Petrogradi_Kontroll-Opteerimise_Komisjon, lk 159
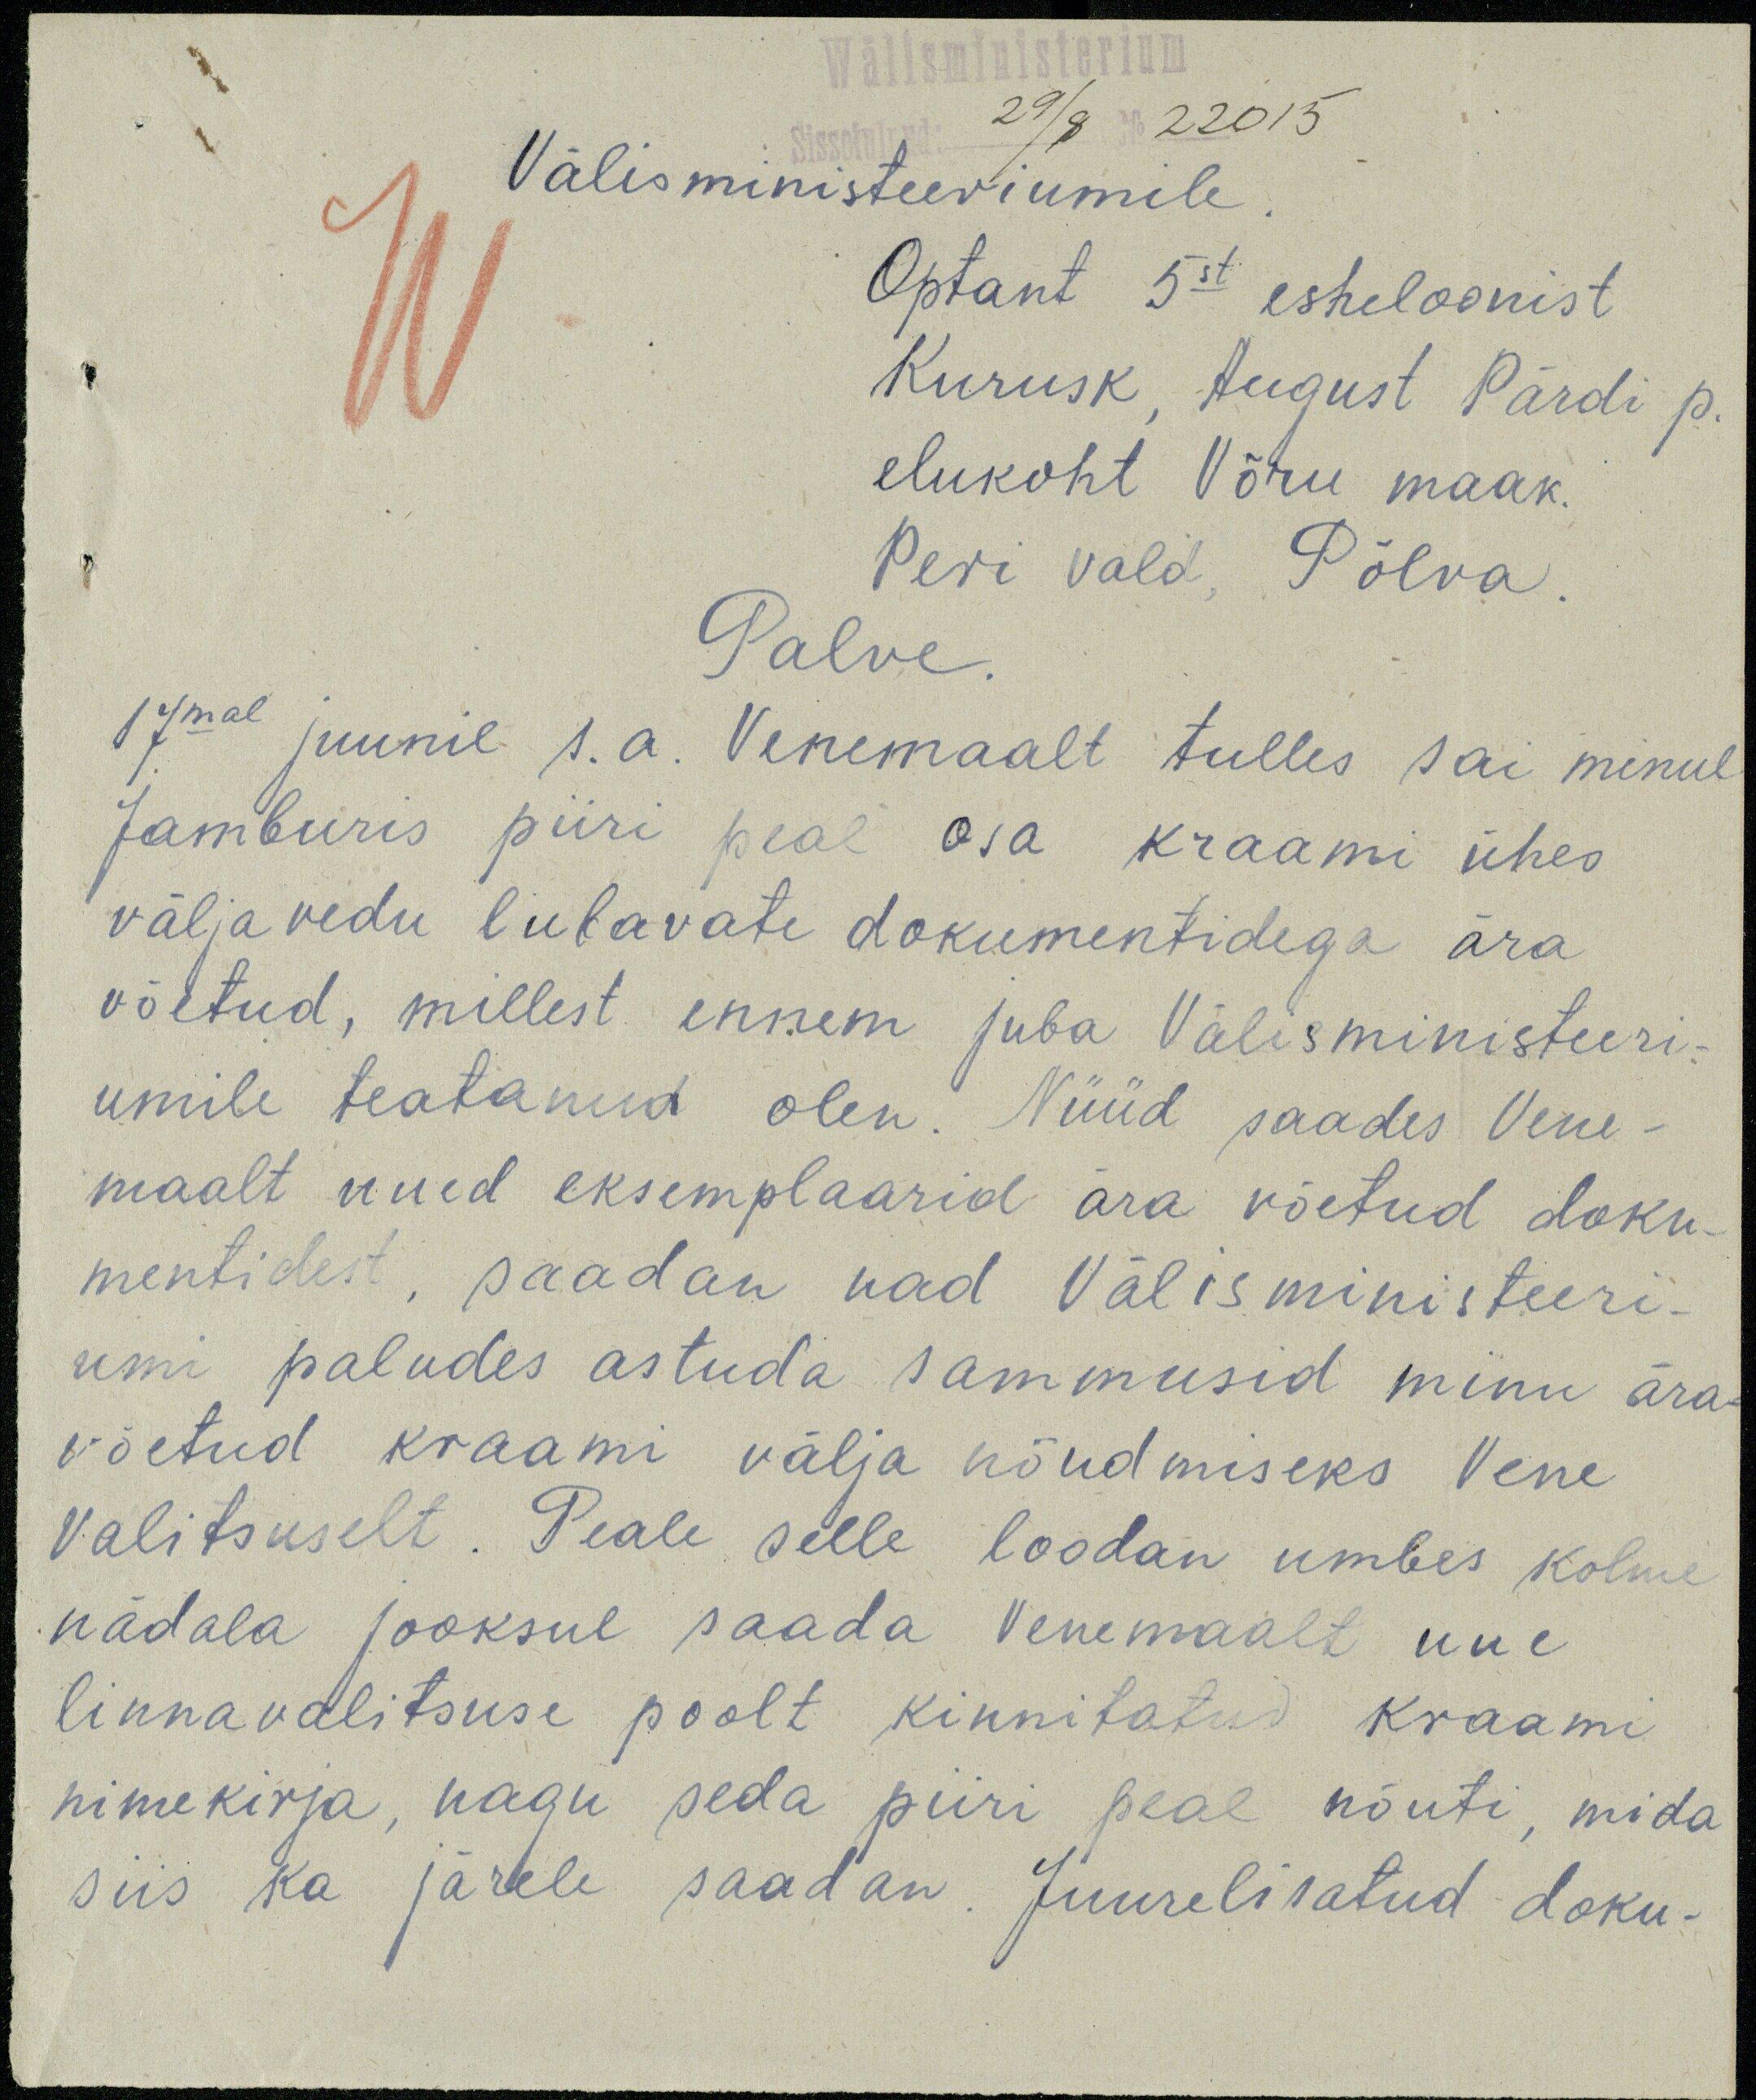
Wälisministerium
Sissetulnud: 29/8  No 22015
Välisministeeriumile.
Optant 5st esheloonist
Kurusk, August Pärdi p.
elukoht Võru maak.
Peri vald, Põlva
Palve.
17mal juunil s.a. Venemaalt tulles sai minul
Jamburis piiri peal osa kraami ühes
väljavedu lubavate dokumentidega ära
võetud, millest ennem juba Välisministeeri-
umile teatanud olen. Nüüd saades Vene-
maalt uued eksemplaarid ära võetud doku-
mentidest, saadan nad Välisministeeri-
umi paludes astuda sammusid minu ära-
võetud kraami välja nõudmiseks Vene
Valitsuselt. Peale selle loodan umbes kolme
nädala jooksul saada Venemaalt uue
linnavalitsuse poolt kinnitatud kraami
nimekirja, nagu seda piiri peal nõuti, mida
siis ka järele saadan. Juurelisatud doku-